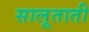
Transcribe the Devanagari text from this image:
सालूताती